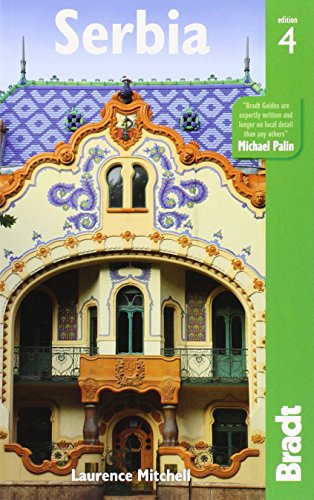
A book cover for Serbia (Bradt Travel Guide); Laurence Mitchell; Travel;